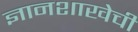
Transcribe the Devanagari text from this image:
ज्ञानशाखेची